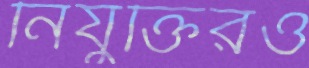
নিযুক্তিরও